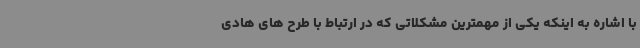
با اشاره به اینکه یکی از مهمترین مشکلاتی که در ارتباط با طرح های هادی